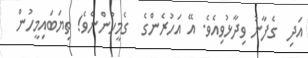
އަދި  ގެފާނު ވިދާޅުވިއެވެ. އޭ އަހުރެންގެ  ގެމީހުންނެވެ! ތިޔަބައިމީހުން